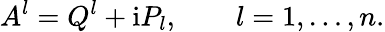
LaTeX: A^{l}=Q^{l}+\mathrm{i}P_{l},\qquad l=1,\ldots,n.